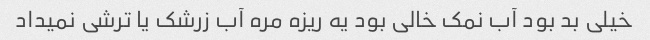
خیلی بد بود آب نمک خالی بود یه ریزه مره آب زرشک یا ترشی نمیداد